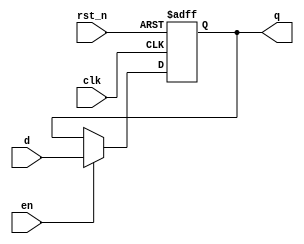
module reg_rst_n_en
# (
    parameter w = 1
) 
(
    input                clk,
    input                rst_n,
    input                en,
    input      [w - 1:0] d,
    output reg [w - 1:0] q
);

    always @ (posedge clk or negedge rst_n)
        if (! rst_n)
            q <= { w { 1'b0 } };
        else if (en)
            q <= d;

endmodule